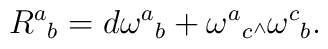
{R^a}_b = {d \omega^a}_b +{\omega^a}_c \mbox{\tiny $\wedge$} {\omega^c}_b.